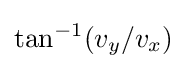
\tan ^{-1}(v_{y}/v_{x})